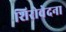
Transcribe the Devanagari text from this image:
शिरोवेदना